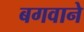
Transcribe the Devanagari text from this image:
बगवाने